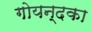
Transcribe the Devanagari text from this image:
गोयन्‍दका